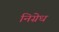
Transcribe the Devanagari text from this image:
निग्रेध